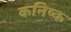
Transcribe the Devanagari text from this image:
कनिष्‍क